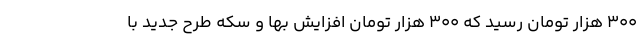
۳۰۰ هزار تومان رسید که ۳۰۰ هزار تومان افزایش بها و سکه طرح جدید با